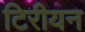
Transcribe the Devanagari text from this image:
टिरीयन